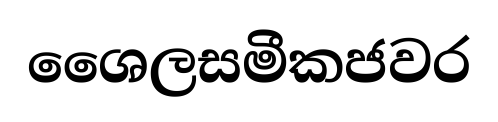
ශෛලසමීකජවර